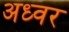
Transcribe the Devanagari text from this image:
अध्वर